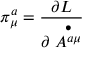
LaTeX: \pi _ { \mu } ^ { a } = \frac { \partial { \cal L } } { \partial \stackrel { \bullet } { A ^ { a \mu } } }